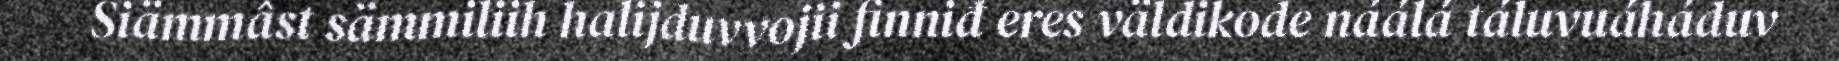
Siämmâst sämmiliih halijduvvojii finniđ eres väldikode náálá táluvuáháduv